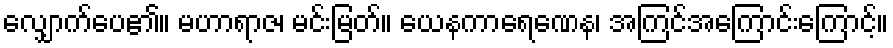
လျှောက်ပေ၏။ မဟာရာဇ၊ မင်းမြတ်။ ယေနကာရေဏေန၊ အကြင်အကြောင်းကြောင့်။